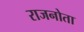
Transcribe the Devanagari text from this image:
राजनोता